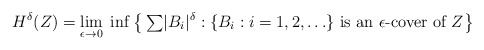
\begin{align*}H^{\delta}(Z) = \lim_{\epsilon \rightarrow 0} \; \inf \left\{ \: {\textstyle \sum} |B_i|^\delta : \{B_i : i = 1,2,\ldots\} \textup{ is an $\epsilon$-cover of $Z$} \right\}\end{align*}